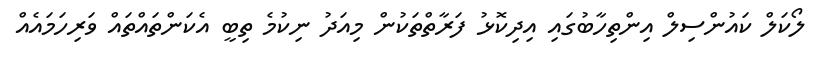
ލޯކަލް ކައުންސިލް އިންތިހާބުގައި އިދިކޮޅު ފަރާތްތަކުން މިއަދު ނިކުމެ ތިބީ އެކަންތައްތައް ވަރިހަމައެއް